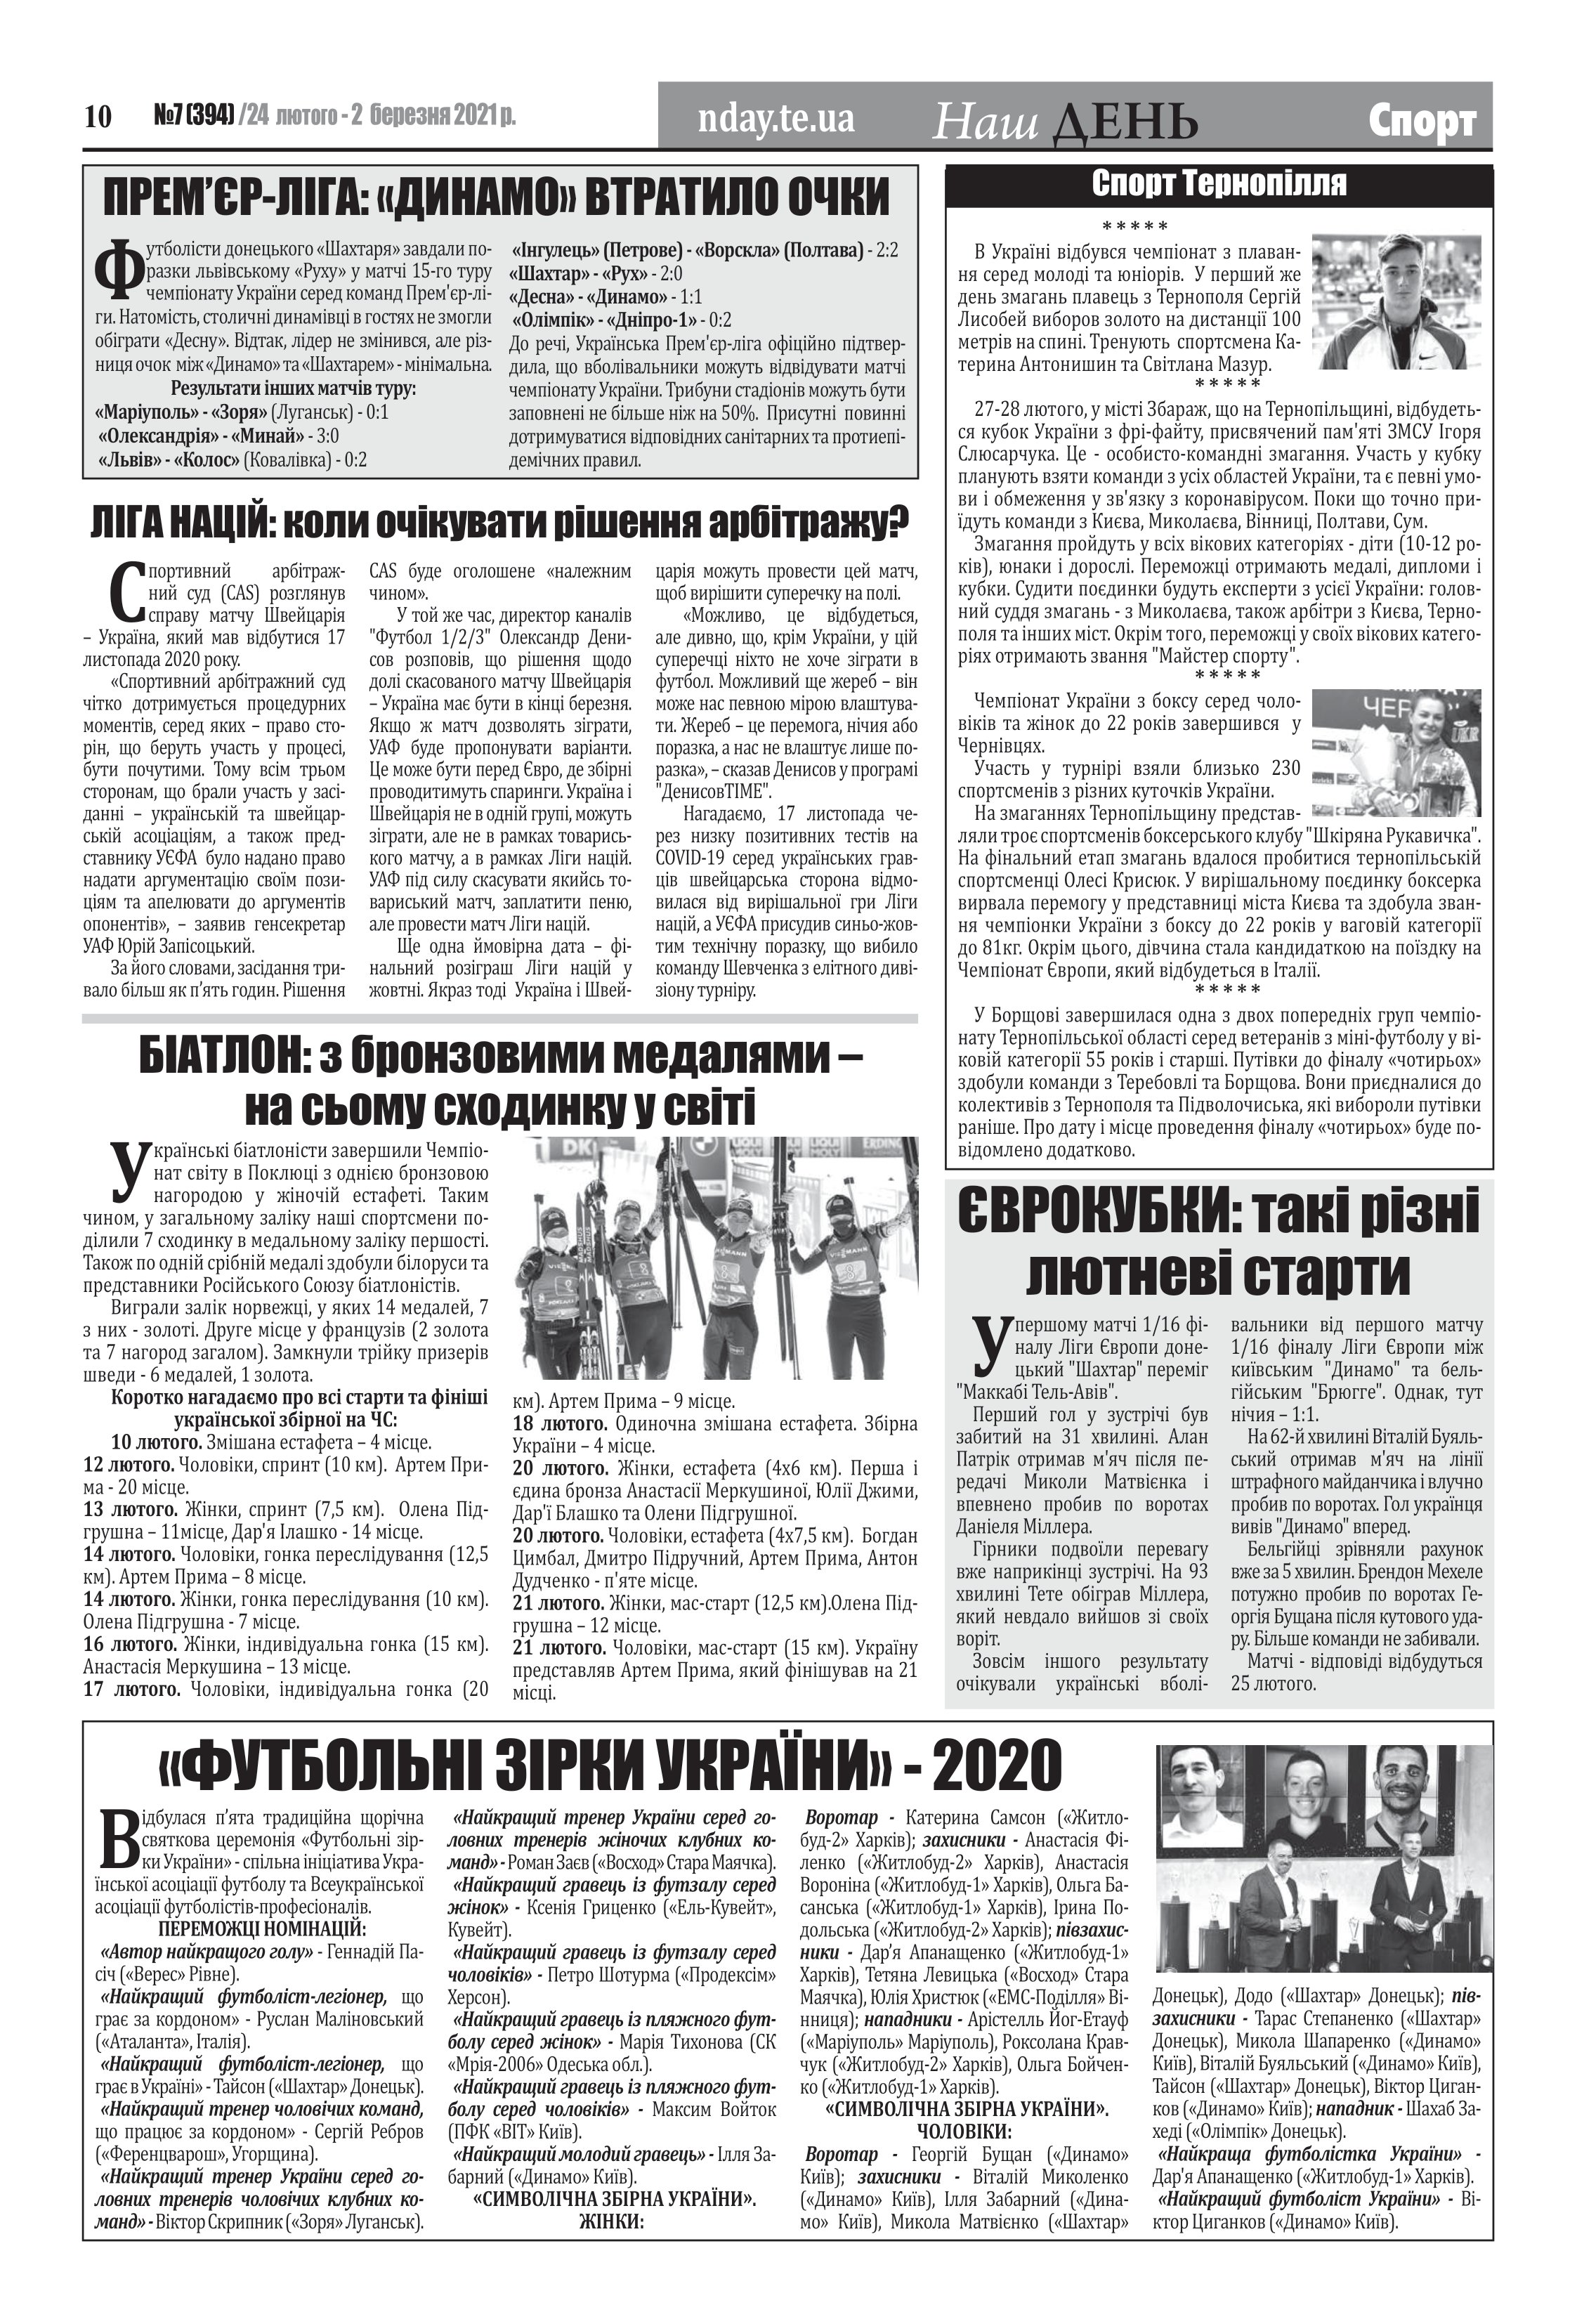
Language: uk